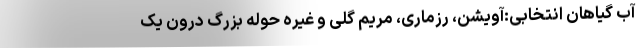
آب گیاهان انتخابی:آویشن، رزماری، مریم گلی و غیره حوله بزرگ درون یک